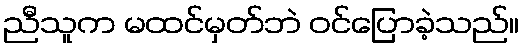
ညီသူက မထင်မှတ်ဘဲ ဝင်ပြောခဲ့သည်။